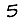
Digit: 5